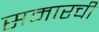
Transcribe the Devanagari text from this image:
समारची